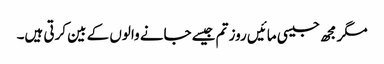
مگر مجھ جیسی مائیں روز تم جیسے جانے والوں کے بین کرتی ہیں۔